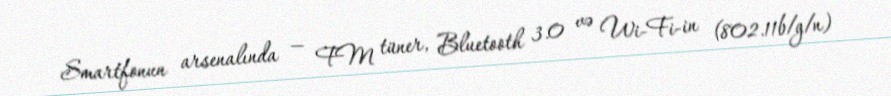
Smartfonun arsenalında — FM tüner, Bluetooth 3.0 və Wi-Fi-in (802.11b/g/n)